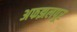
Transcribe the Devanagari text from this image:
अफझलपूर